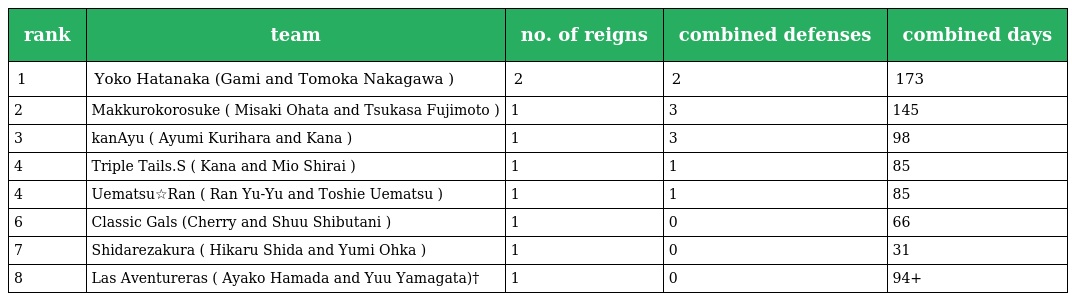
| rank | team | no. of reigns | combined defenses | combined days |
 | --- | --- | --- | --- | --- |
 | 1 | Yoko Hatanaka (Gami and Tomoka Nakagawa ) | 2 | 2 | 173 |
 | 2 | Makkurokorosuke ( Misaki Ohata and Tsukasa Fujimoto ) | 1 | 3 | 145 |
 | 3 | kanAyu ( Ayumi Kurihara and Kana ) | 1 | 3 | 98 |
 | 4 | Triple Tails.S ( Kana and Mio Shirai ) | 1 | 1 | 85 |
 | 4 | Uematsu☆Ran ( Ran Yu-Yu and Toshie Uematsu ) | 1 | 1 | 85 |
 | 6 | Classic Gals (Cherry and Shuu Shibutani ) | 1 | 0 | 66 |
 | 7 | Shidarezakura ( Hikaru Shida and Yumi Ohka ) | 1 | 0 | 31 |
 | 8 | Las Aventureras ( Ayako Hamada and Yuu Yamagata)† | 1 | 0 | 94+ |